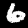
Digit: 6